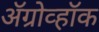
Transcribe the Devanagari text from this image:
ॲग्रोव्हॉक